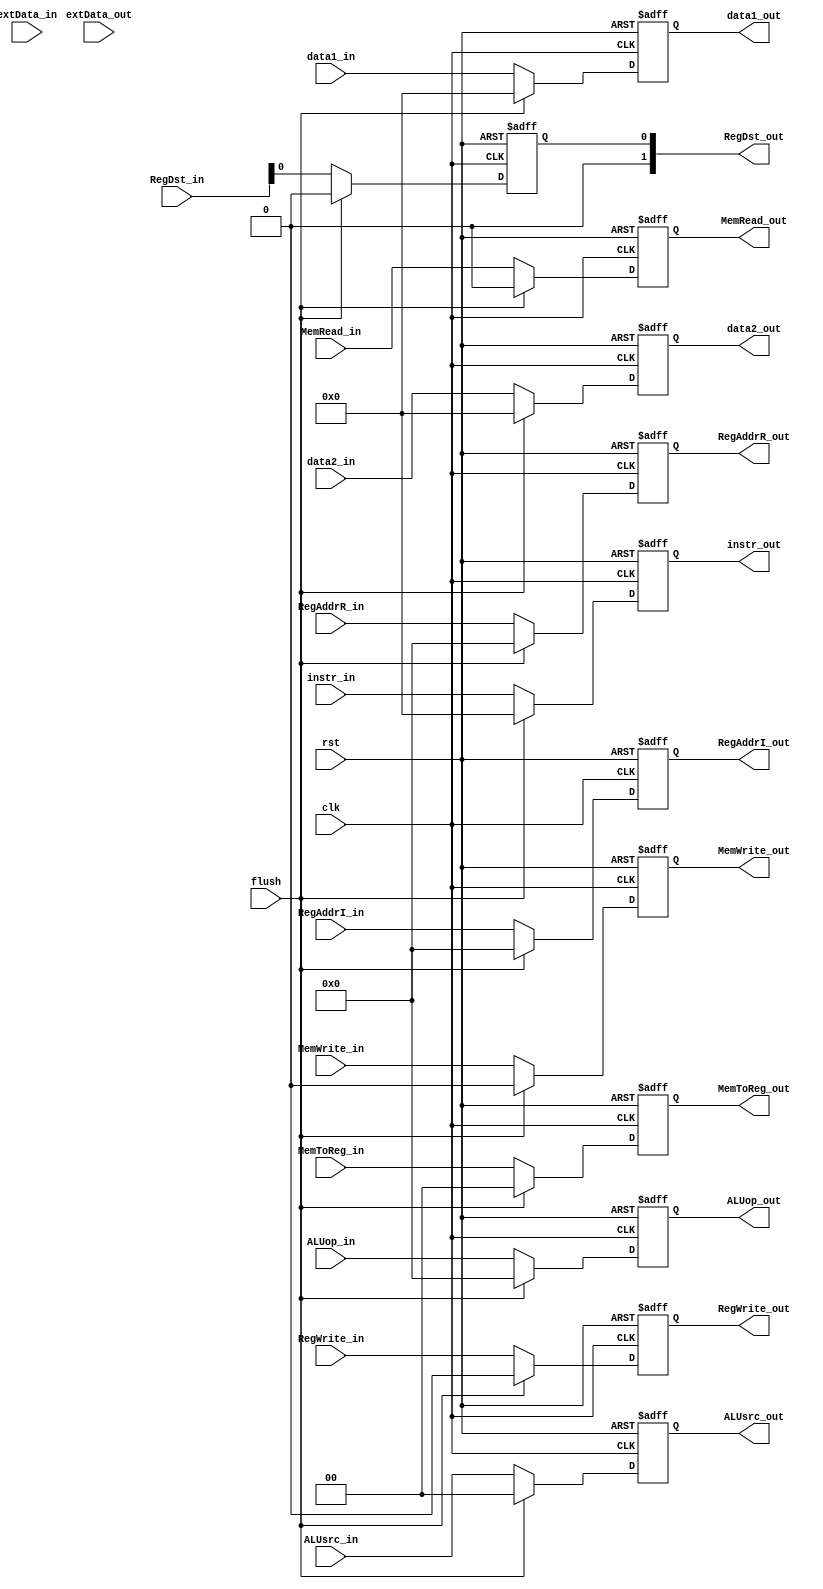

module IDEX (clk, rst,flush,instr_in,extData_in,data1_in,data2_in,RegAddrI_in,RegAddrR_in,RegDst_in,ALUop_in,ALUsrc_in,MemRead_in,MemWrite_in,RegWrite_in,MemToReg_in ,instr_out,extData_out,data1_out,data2_out,RegAddrI_out,RegAddrR_out,RegDst_out,ALUop_out,ALUsrc_out,MemRead_out,MemWrite_out,RegWrite_out,MemToReg_out);
               
   input         clk;
   input         rst;
   input         flush;
   
   input  [31:0] instr_in;
   input  [31:0] extData_in;
   input  [31:0] data1_in;
   input  [31:0] data2_in;
   input  [4:0] RegAddrI_in;
   input  [4:0] RegAddrR_in;
   input  [1:0] RegDst_in;
   input  [4:0] ALUop_in;
   input  [1:0] ALUsrc_in;
   input  MemRead_in;
   input  MemWrite_in;
   input  RegWrite_in;
 
   input  [1:0] MemToReg_in;
   output [31:0] instr_out;
   input  [31:0] extData_out;
   output [31:0] data1_out;
   output [31:0] data2_out;
   output [4:0] RegAddrI_out;
   output [4:0] RegAddrR_out;
   output [1:0] RegDst_out;
   output [4:0] ALUop_out;
   output [1:0] ALUsrc_out;
   output MemRead_out;
   output MemWrite_out;
   output RegWrite_out;
   output [1:0] MemToReg_out;
   
   reg [31:0] instr;
   reg [31:0] extData;
   reg [31:0] data1;
   reg [31:0] data2;
   reg [4:0] RegAddrI;
   reg [4:0] RegAddrR;
   reg RegDst;
   reg [4:0] ALUop;
   reg [1:0] ALUsrc;
   reg MemRead;
   reg MemWrite;
   reg RegWrite;
   reg [1:0]MemToReg;
               
   always @(posedge clk or posedge rst) begin
      if ( rst ) 
        begin
            instr <= 0;
            extData <= 0;
            data1 <= 0;
            data2 <= 0;
            RegAddrI <= 0;
            RegAddrR <= 0;
            RegDst <= 0;
            ALUop <= 0;
            ALUsrc <= 0;
            MemRead <= 0;
            MemWrite <= 0;
            RegWrite <= 0;
            MemToReg <= 0;
        end
      else
        begin
          if(flush==0)
            begin
             instr <= instr_in;
             MemRead <= MemRead_in;
             MemWrite <= MemWrite_in;
             RegWrite <= RegWrite_in;
             MemToReg <= MemToReg_in;
            extData <= extData_in;
            data1 <= data1_in;
            data2 <= data2_in;
            RegAddrI <= RegAddrI_in;
            RegAddrR <= RegAddrR_in;
            RegDst <= RegDst_in;
            ALUop <= ALUop_in;
            ALUsrc <= ALUsrc_in;
           end
          else
            begin
            instr <=0;
             MemRead <= 0;
             MemWrite <= 0;
             RegWrite <= 0;
             MemToReg <= 0;
             extData <= 0;
             data1 <= 0;
             data2 <= 0;
             RegAddrI <= 0;
             RegAddrR <= 0;
             RegDst <= 0;
             ALUop <= 0;
             ALUsrc <= 0;
            end
           
          
        end
   end 
   assign instr_out=instr;
   assign extData_out=extData;
   assign data1_out = data1;
   assign data2_out = data2;
   assign RegAddrI_out = RegAddrI;
   assign RegAddrR_out = RegAddrR;
   assign RegDst_out = RegDst;
   assign ALUop_out = ALUop;
   assign ALUsrc_out = ALUsrc;
   assign MemRead_out = MemRead;
   assign MemWrite_out = MemWrite;
   assign RegWrite_out = RegWrite;
   assign MemToReg_out = MemToReg;
  
   
   
endmodule